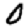
Digit: 0